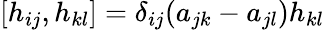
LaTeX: [h_{ij},h_{kl}]=\delta_{ij}(a_{jk}-a_{jl})h_{kl}